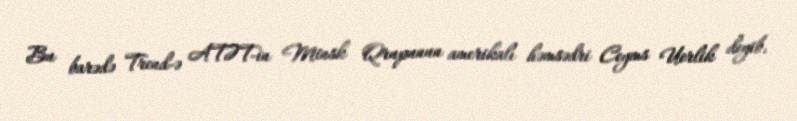
Bu barədə Trend-ə ATƏT-in Minsk Qrupunun amerikalı həmsədri Ceyms Uorlik deyib.